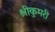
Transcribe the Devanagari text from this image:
श्रीकुमरी